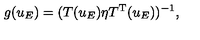
g ( u _ { E } ) = ( T ( u _ { E } ) \eta T ^ { \mathrm { T } } ( u _ { E } ) ) ^ { - 1 } ,